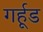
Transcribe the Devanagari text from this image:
गर्हूड